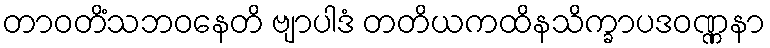
တာဝတိံသဘဝနေတိ ဗျာပါဒံ တတိယကထိနသိက္ခာပဒဝဏ္ဏနာ